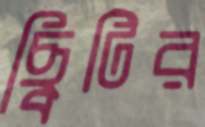
ছ্বিটির